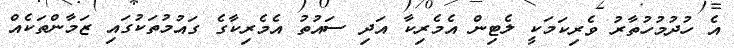
އެ ހުދުމުހުތާރު ވެރިކަމަކީ ލެޓިން އެމެރިކާ އަދި ސައުތު އެމެރިކާގެ ގައުމުތަކުގައި ޒަމާންތަކެއް